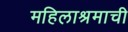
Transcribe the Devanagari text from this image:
महिलाश्रमाची